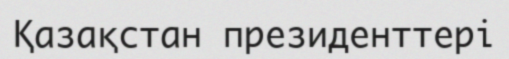
Қазақстан президенттері